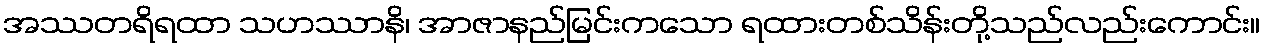
အဿတရိရထာ သဟဿာနိ၊ အာဇာနည်မြင်းကသော ရထားတစ်သိန်းတို့သည်လည်းကောင်း။